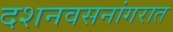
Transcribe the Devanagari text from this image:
दशनवसनांगरात